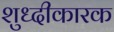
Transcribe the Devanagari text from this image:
शुध्दीकारक